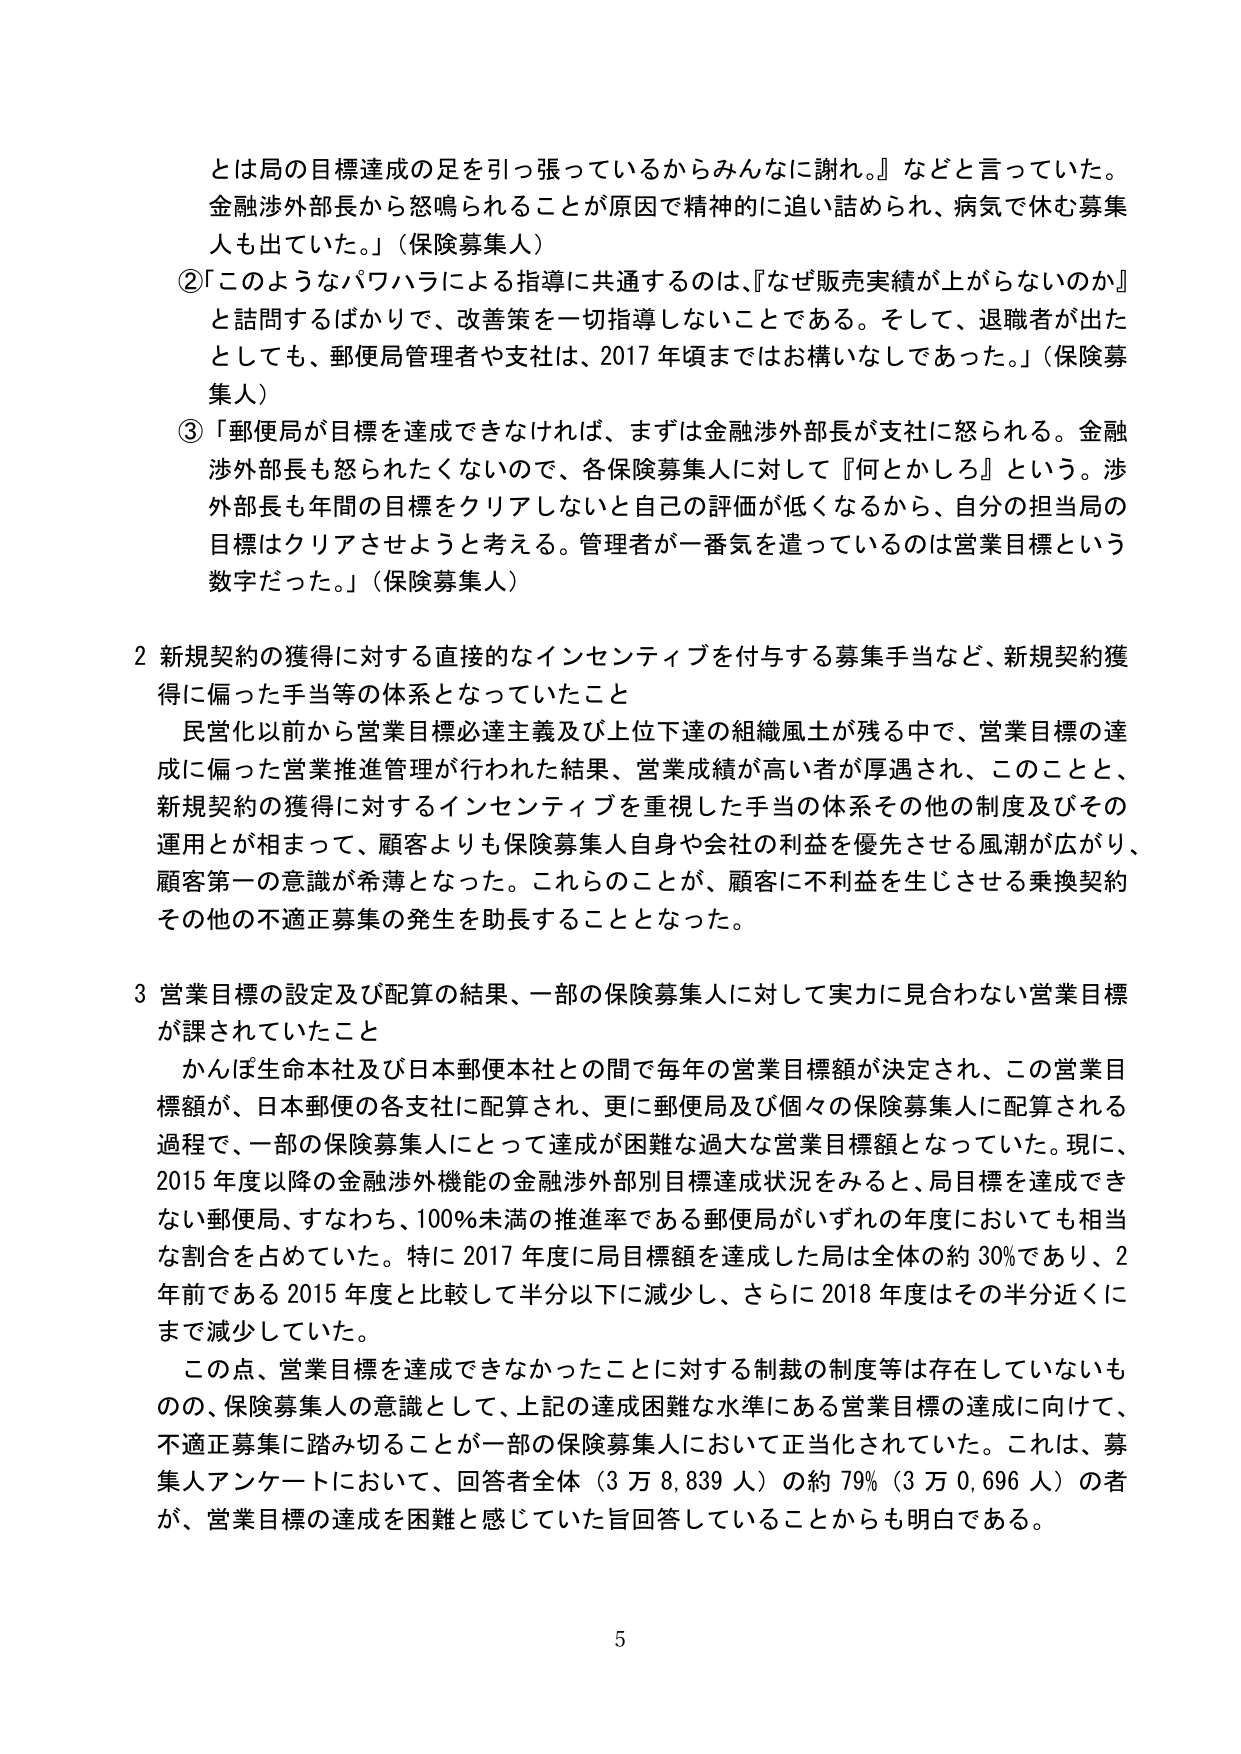
とは局の目標達成の足を引っ張っているからみんなに謝れ。』などと言っていた。
金融渉外部長から怒鳴られることが原因で精神的に追い詰められ、病気で休む募集人も出ていた。」（保険募集人）
②「このようなパワハラによる指導に共通するのは、『なぜ販売実績が上がらないのか』と詰問するばかりで、改善策を一切指導しないことである。そして、退職者が出たとしても、郵便局管理者や支社は、2017年頃までにはお構いなしであった。」（保険募集人）
③「郵便局が目標を達成できなければ、まずは金融渉外部長が支社に怒られる。金融渉外部長も怒られたくないのので、各保険募集人に対して『何とかしろ』という。渉外部長も年間の目標をクリアしないと自己の評価が低くなるから、自分の担当局の目標はクリアさせようと考える。管理者が一番気を遣っているのは営業目標という数字だった。」（保険募集人）

2 新規契約の獲得に対する直接的なインセンティブを付与する募集手当など、新規契約獲得に偏った手当等の体系となっていたこと
民営化以前から営業目標必達主義及び上位下達の組織風土が残る中で、営業目標の達成に偏った営業推進管理が行われた結果、営業成績が高い者が厚遇され、このことと、新規契約の獲得に対するインセンティブを重視した手当の体系その他の制度及びその運用とが相まって、顧客よりも保険募集人自身や会社の利益を優先させる風潮が広がり、顧客第一の意識が希薄となった。これらのこと、顧客に不利益を生じさせる乗換契約その他の不適正募集の発生を助長することとなった。

3 営業目標の設定及び配算の結果、一部の保険募集人に対して実力に見合わない営業目標が課されていたこと
かんぽ生命本社及び日本郵便本社との間で毎年の営業目標額が決定され、この営業目標額が、日本郵便の各支社に配算され、更に郵便局及び個々の保険募集人に配算される過程で、一部の保険募集人にとって達成が困難な過大な営業目標額となっていた。現に、2015年度以降の金融渉外機能の金融渉外部別目標達成状況をみると、局目標を達成できない郵便局、すなわち、100％未満の推進率である郵便局がいずれの年度においても相当な割合を占めていた。特に2017年度に局目標額を達成した局は全体の約30％であり、2年前である2015年度と比較して半分以下に減少し、さらに2018年度はその半分近くにまで減少していた。
この点、営業目標を達成できなかったことに対する制裁の制度等は存在していないものの、保険募集人の意識として、上記の達成困難な水準にある営業目標の達成に向けて、不適正募集に踏み切ることが一部の保険募集人において正当化されていた。これは、募集人アンケートにおいて、回答者全体（3万8,839人）の約79％（3万0,696人）の者が、営業目標の達成を困難と感じていた旨回答していることからも明白である。

5